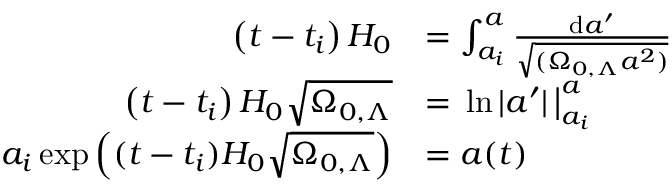
{ \begin{array} { r l } { \left( t - t _ { i } \right) H _ { 0 } } & { = \int _ { a _ { i } } ^ { a } { \frac { \mathrm { d } a ^ { \prime } } { \sqrt { ( \Omega _ { 0 , \Lambda } a ^ { 2 } ) } } } } \\ { \left( t - t _ { i } \right) H _ { 0 } { \sqrt { \Omega _ { 0 , \Lambda } } } } & { = { \bigl . } \ln | a ^ { \prime } | \, { \bigr | } _ { a _ { i } } ^ { a } } \\ { a _ { i } \exp \left( ( t - t _ { i } ) H _ { 0 } { \sqrt { \Omega _ { 0 , \Lambda } } } \right) } & { = a ( t ) } \end{array} }